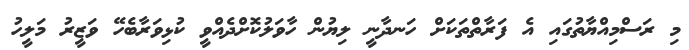
މި ރަސްމިއްޔާތުގައި އެ ފަރާތްތަކަށް ހަނދާނީ ލިޔުން ހާވަލުކޮށްދެއްވީ ކުޅިވަރާބެހޭ ވަޒީރު މަލީހު